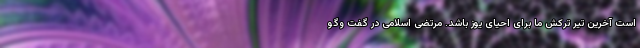
است آخرین تیر ترکش ما برای احیای یوز باشد. مرتضی اسلامی در گفت وگو